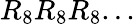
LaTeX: R_{8}R_{8}R_{8}...